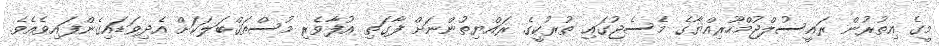
މީގެ އިތުރުން ރައީސުލްޖުމްހޫރިއްޔާގެ މެސެޖުގައި ތުރުކީގެ ރައްޔިތުންނަށް ފާގަތި އުފާވެރި މުސްތަޤްބަލަކަށް އެދިވަޑައިގެންފައިވެއެވެ.